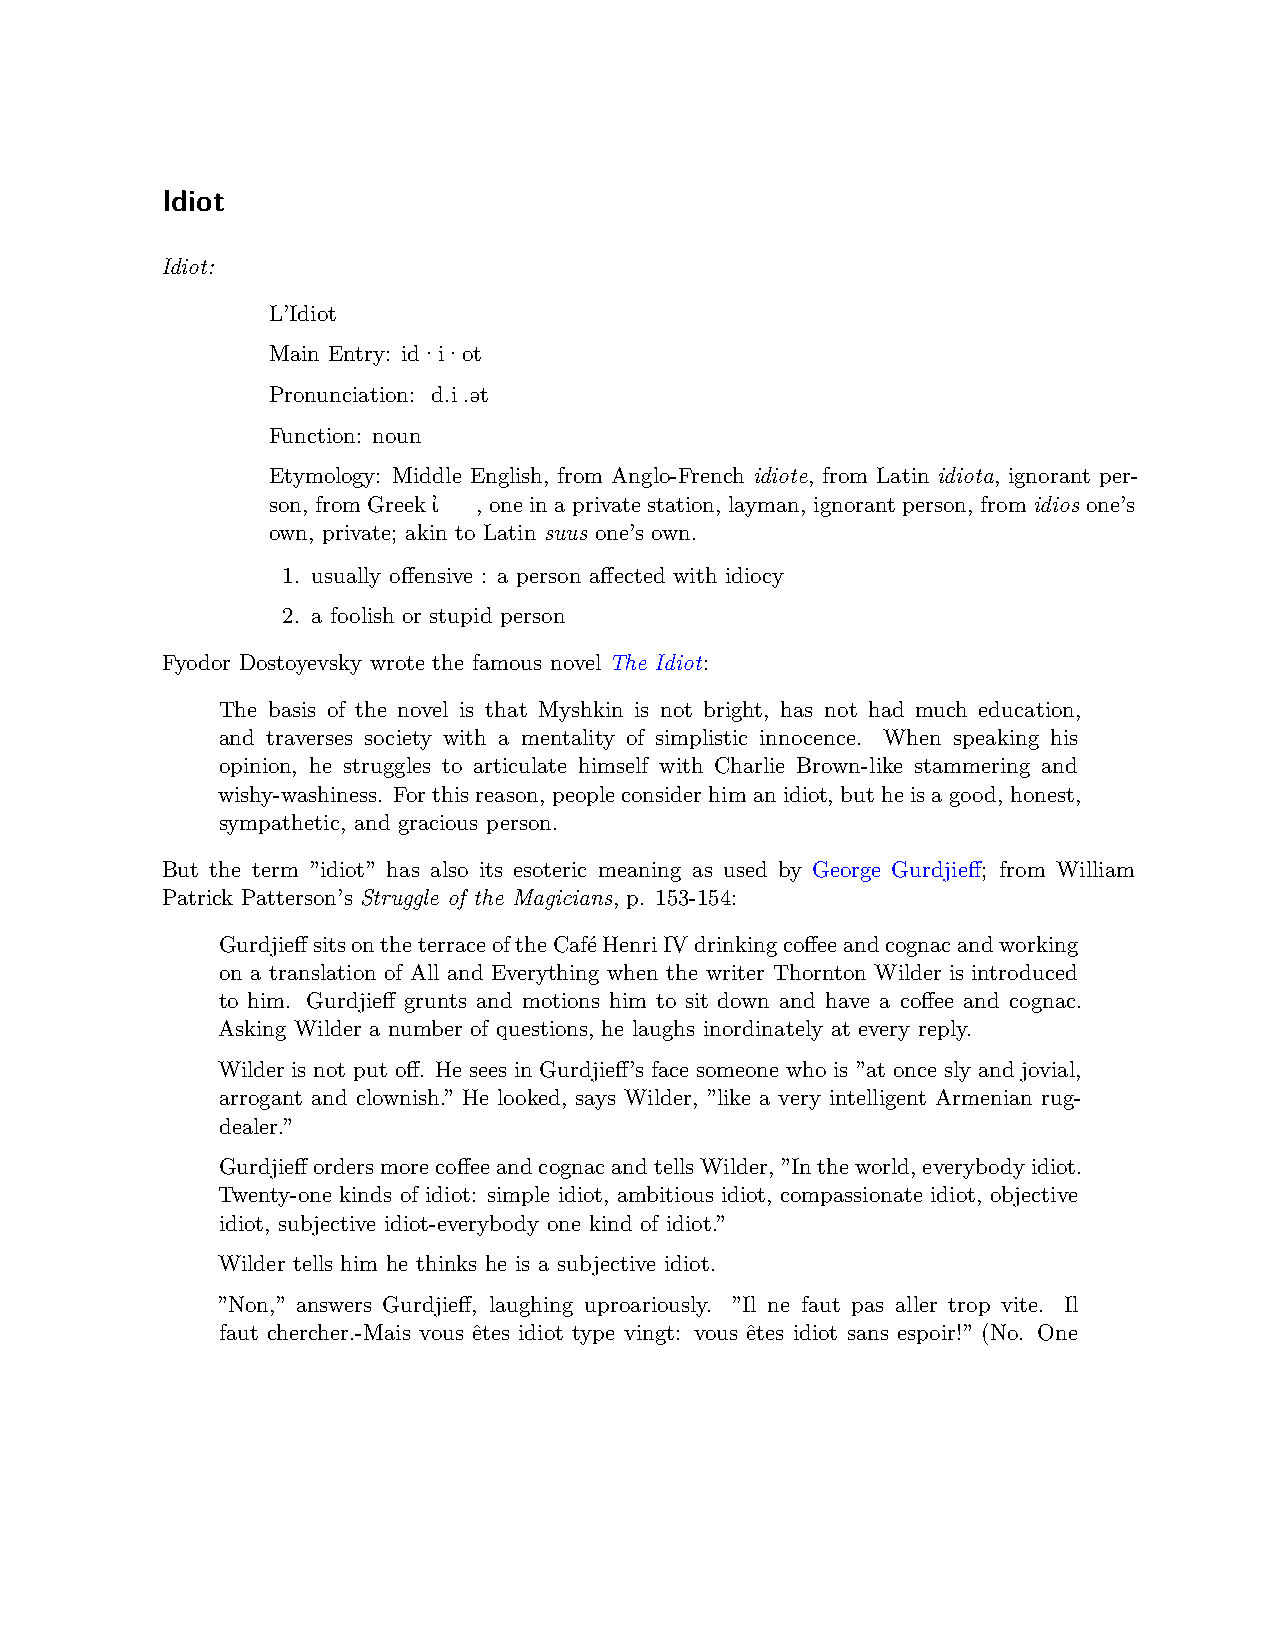
Idiot
 Idiot:
 L’Idiot
 Main Entry: id·i·ot
 Pronunciation: ￿d.i￿.ət
 Function: noun
 Etymology: Middle English, from Anglo-French idiote, from Latin idiota, ignorant per-
 son, fromGreekἰ￿￿￿￿￿￿, oneinaprivatestation, layman, ignorantperson, fromidios one’s
 own, private; akin to Latin suus one’s own.
 1. usually offensive : a person affected with idiocy
 2. a foolish or stupid person
 Fyodor Dostoyevsky wrote the famous novel The Idiot:
 The basis of the novel is that Myshkin is not bright, has not had much education,
 and traverses society with a mentality of simplistic innocence. When speaking his
 opinion, he struggles to articulate himself with Charlie Brown-like stammering and
 wishy-washiness. Forthisreason, peopleconsiderhimanidiot, butheisagood, honest,
 sympathetic, and gracious person.
 But the term ”idiot” has also its esoteric meaning as used by George Gurdjieff; from William
 Patrick Patterson’s Struggle of the Magicians, p. 153-154:
 GurdjieffsitsontheterraceoftheCaféHenriIVdrinkingcoffeeandcognacandworking
 on a translation of All and Everything when the writer Thornton Wilder is introduced
 to him. Gurdjieff grunts and motions him to sit down and have a coffee and cognac.
 Asking Wilder a number of questions, he laughs inordinately at every reply.
 Wilder is not put off. He sees in Gurdjieff’s face someone who is ”at once sly and jovial,
 arrogant and clownish.” He looked, says Wilder, ”like a very intelligent Armenian rug-
 dealer.”
 GurdjieffordersmorecoffeeandcognacandtellsWilder,”Intheworld,everybodyidiot.
 Twenty-one kinds of idiot: simple idiot, ambitious idiot, compassionate idiot, objective
 idiot, subjective idiot-everybody one kind of idiot.”
 Wilder tells him he thinks he is a subjective idiot.
 ”Non,” answers Gurdjieff, laughing uproariously. ”Il ne faut pas aller trop vite. Il
 faut chercher.-Mais vous êtes idiot type vingt: vous êtes idiot sans espoir!” (No. One